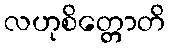
လဟုစိတ္တောတိ